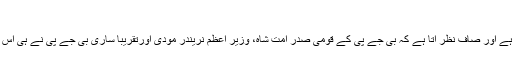
اسلم جاوید 26/11/2017
ہما چل پردیش کے بعد اب گجرات اسمبلی انتخابات کی ہمہ ہمی ہے اور صاف نظر آتا ہے کہ بی جے پی کے قومی صدر امت شاہ، وزیر اعظم نریندر مودی اورتقریبا ساری بی جے پی نے ہی اس اسمبلی انتخاب کو اپنے وجود، اپنی انا اور بقا کا مسئلہ بنا لیا ہے۔